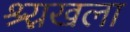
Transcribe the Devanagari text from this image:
श्र्र्नखला